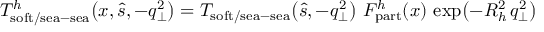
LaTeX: T _ { \mathrm { s o f t } / \mathrm { s e a } - \mathrm { s e a } } ^ { h } \! \left( x , \hat { s } , - q _ { \perp } ^ { 2 } \right) = T _ { \mathrm { s o f t } / \mathrm { s e a } - \mathrm { s e a } } \! \left( \hat { s } , - q _ { \perp } ^ { 2 } \right) \, F _ { \mathrm { p a r t } } ^ { h } ( x ) \, \exp \! \left( - R _ { h } ^ { 2 } \, q _ { \perp } ^ { 2 } \right)